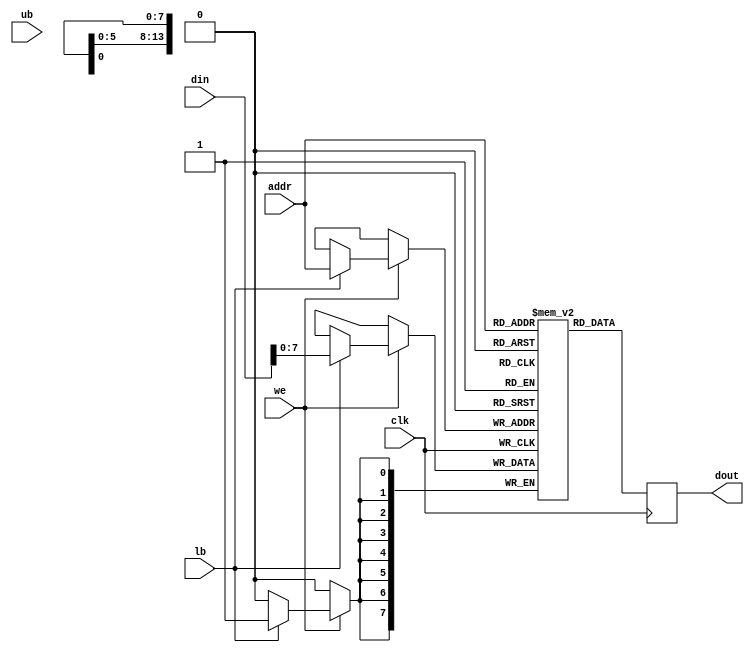
module ram (
  input            clk,
  input            we,
  input [14:1]     addr,
  input [15:0]     din,
  input            ub,
  input            lb,
  output reg [7:0] dout,
);

  reg [7:0] ram_ub [0:16383];
  reg [7:0] ram_lb [0:16383];

  always @(posedge clk) begin
    if (we) begin
      if (ub) ram_ub[addr] <= din[15:8];
      if (lb) ram_lb[addr] <= din[7:0];
    end
    dout <= {ram_ub[addr], ram_lb[addr]};
  end

endmodule